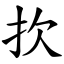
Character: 扻